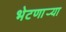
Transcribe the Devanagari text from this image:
भेटणार्‍या